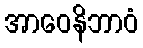
အာဝေနိဘာဝံ